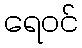
ရေဝင်